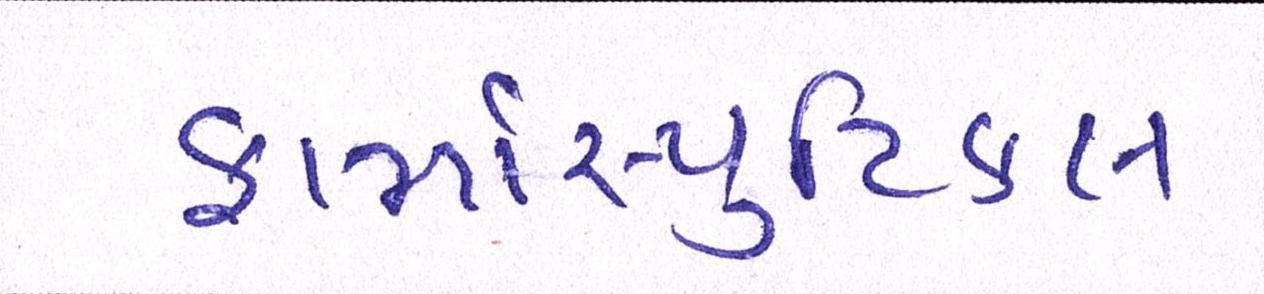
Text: ફાર્માસ્યુટિકલ